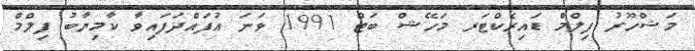
މަޝްހޫރު ފިލްމް ޑައިރެކްޓަރ މަހޭޝް ބަޓް 1991 ވަނަ އުފައްދަފައިވާ ކާމިޔާބު ފިލްމް